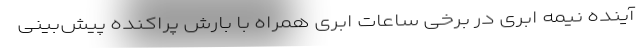
آینده نیمه ابری در برخی ساعات ابری همراه با بارش پراکنده پیش‌بینی